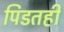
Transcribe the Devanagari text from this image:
पिडतही